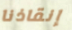
إنقاذنا